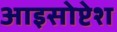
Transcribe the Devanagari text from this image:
आइसोप्टेश